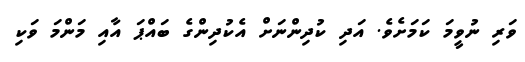
ވަރި ނުވީމަ ކަމަށެވެ. އަދި ކުދިންނަށް އެކުދިންގެ ބައްޕަ އާއި މަންމަ ވަކި